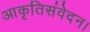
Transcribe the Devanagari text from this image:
आकृतिसंवेदन।